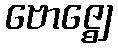
ဗောဇ္ဈေ